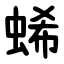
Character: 䖷